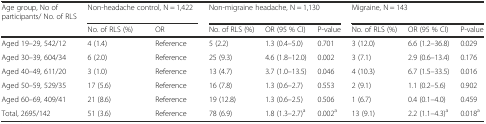
<table><thead><tr><td><b>Age group, No of participants/ No. of RLS</b></td><td colspan="2"><b>Non-headache control, N = 1,422</b></td><td colspan="3"><b>Non-migraine headache, N = 1,130</b></td><td colspan="3"><b>Migraine, N = 143</b></td></tr><tr><td></td><td><b>No. of RLS (%)</b></td><td><b>OR</b></td><td><b>No. of RLS (%)</b></td><td><b>OR (95 % CI)</b></td><td><b>P-value</b></td><td><b>No. of RLS (%)</b></td><td><b>OR (95 % CI)</b></td><td><b>P-value</b></td></tr></thead><tbody><tr><td>Aged 19–29, 542/12</td><td>4 (1.4)</td><td>Reference</td><td>5 (2.2)</td><td>1.3 (0.4–5.0)</td><td>0.701</td><td>3 (12.0)</td><td>6.6 (1.2–36.8)</td><td>0.029</td></tr><tr><td>Aged 30–39, 604/34</td><td>6 (2.0)</td><td>Reference</td><td>25 (9.3)</td><td>4.6 (1.8–12.0)</td><td>0.002</td><td>3 (7.1)</td><td>2.9 (0.6–13.4)</td><td>0.176</td></tr><tr><td>Aged 40–49, 611/20</td><td>3 (1.0)</td><td>Reference</td><td>13 (4.7)</td><td>3.7 (1.0–13.5)</td><td>0.046</td><td>4 (10.3)</td><td>6.7 (1.5–33.5)</td><td>0.016</td></tr><tr><td>Aged 50–59, 529/35</td><td>17 (5.6)</td><td>Reference</td><td>16 (7.8)</td><td>1.3 (0.6–2.7)</td><td>0.553</td><td>2 (9.1)</td><td>1.1 (0.2–5.6)</td><td>0.902</td></tr><tr><td>Aged 60–69, 409/41</td><td>21 (8.6)</td><td>Reference</td><td>19 (12.8)</td><td>1.3 (0.6–2.5)</td><td>0.506</td><td>1 (6.7)</td><td>0.4 (0.1–4.0)</td><td>0.459</td></tr><tr><td>Total, 2695/142</td><td>51 (3.6)</td><td>Reference</td><td>78 (6.9)</td><td>1.8 (1.3–2.7)<sup>a</sup></td><td>0.002<sup>a</sup></td><td>13 (9.1)</td><td>2.2 (1.1–4.3)<sup>a</sup></td><td>0.018<sup>a</sup></td></tr></tbody></table>